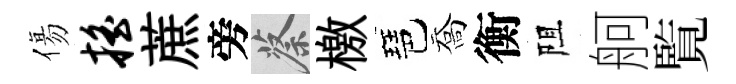
傷摇蔗旁蔡檄琶喬衡阻舸覧